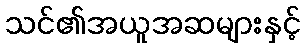
သင်၏အယူအဆများနှင့်